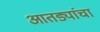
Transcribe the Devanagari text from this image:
आतड्यांचा